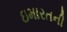
ઇમારતની